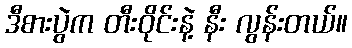
ဒီစားပွဲက တီးဝိုင်းနဲ့ နီး လွန်းတယ်။